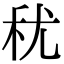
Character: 𮂱